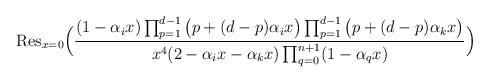
LaTeX: \begin{align*}\mathrm{Res}_{x=0}\Big(\frac{(1- \alpha_i x)\prod_{p=1}^{d-1}\big(p +(d-p) \alpha_i x\big)\prod_{p=1}^{d-1}\big(p +(d-p) \alpha_k x\big)}{x^{4}(2- \alpha_i x- \alpha_k x)\prod_{q=0}^{n+1}(1- \alpha_qx)}\Big)\end{align*}